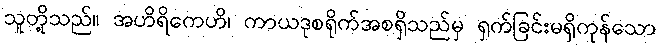
သူတို့သည်။ အဟိရိကေဟိ၊ ကာယဒုစရိုက်အစရှိသည်မှ ရှက်ခြင်းမရှိကုန်သော